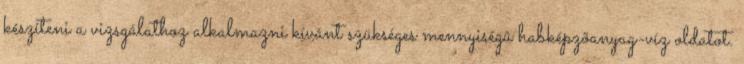
készíteni a vizsgálathoz alkalmazni kívánt szükséges mennyiségû habképzõanyag-víz oldatot.